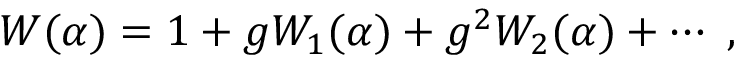
W ( \alpha ) = 1 + g W _ { 1 } ( \alpha ) + g ^ { 2 } W _ { 2 } ( \alpha ) + \cdots \; ,